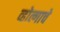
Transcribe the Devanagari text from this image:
व्होल्गाचे